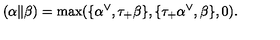
( \alpha \| \beta ) = \max ( \{ \alpha ^ { \vee } , \tau _ { + } \beta \} , \{ \tau _ { + } \alpha ^ { \vee } , \beta \} , 0 ) .